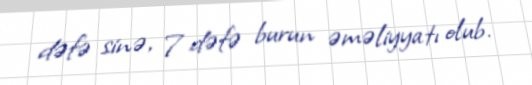
dəfə sinə, 7 dəfə burun əməliyyatı olub.